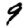
Digit: 9